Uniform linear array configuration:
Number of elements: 8
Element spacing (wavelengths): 0.25
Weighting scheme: cosine
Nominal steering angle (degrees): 0
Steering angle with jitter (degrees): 0.9965
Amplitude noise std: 0.05
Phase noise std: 0.05

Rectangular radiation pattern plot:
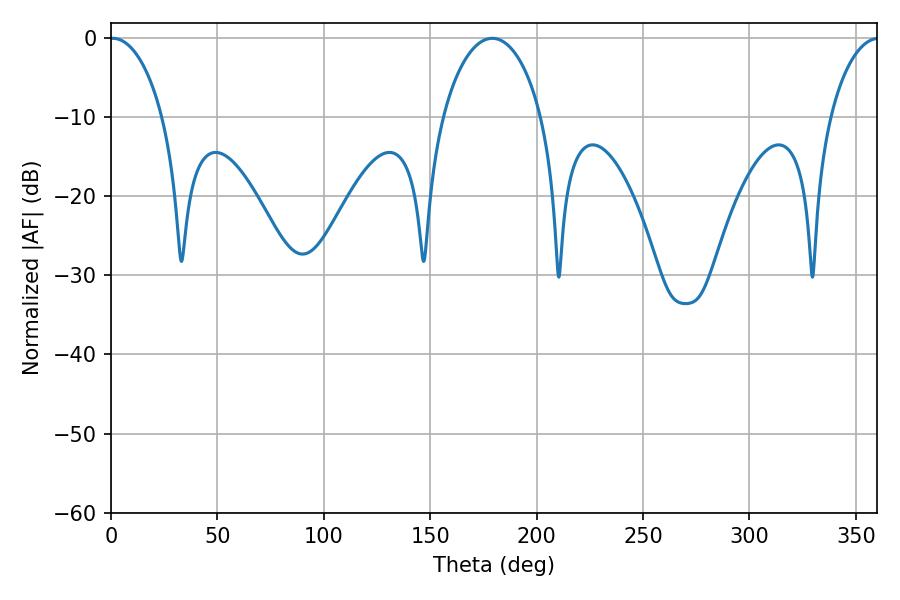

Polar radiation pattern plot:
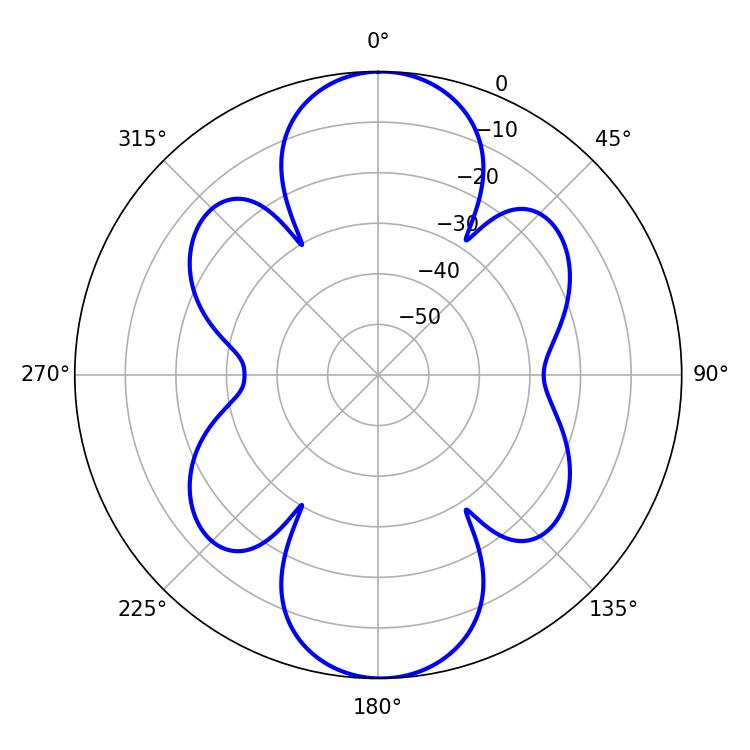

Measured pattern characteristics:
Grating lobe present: FALSE
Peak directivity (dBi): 21.571
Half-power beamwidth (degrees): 14.22
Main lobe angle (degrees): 0.9